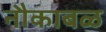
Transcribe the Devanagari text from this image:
नौकाबळ